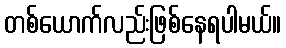
တစ်ယောက်လည်းဖြစ်နေရပါမယ်။